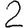
Digit: 2